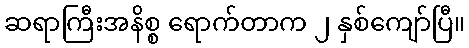
ဆရာကြီးအနိစ္စ ရောက်တာက ၂ နှစ်ကျော်ပြီ။